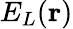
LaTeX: E_{L}(\mathbf{r})